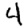
Digit: 4